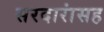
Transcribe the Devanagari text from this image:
सरदारांसह